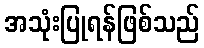
အသုံးပြုရန်ဖြစ်သည်